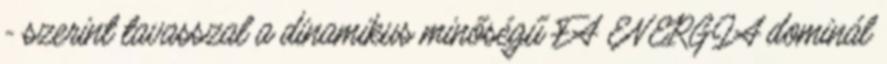
- szerint tavasszal a dinamikus minőségű FA ENERGIA dominál